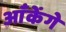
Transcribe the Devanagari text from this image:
आँकेंगे